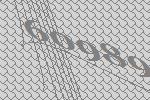
60989